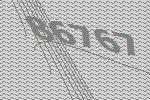
86767